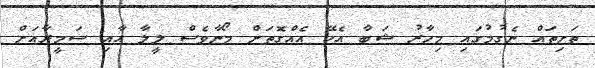
ތަށިތައް ނެގުމުގައި މިހާރު ޝަބާ އެކޭ އެއްގޮތަށް މޯނާވެސް ލީލާ އާއި ސަމީރާއަށް